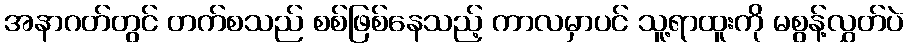
အနာဂတ်တွင် တက်စသည် စစ်ဖြစ်နေသည့် ကာလမှာပင် သူ့ရာထူးကို မစွန့်လွှတ်ပဲ